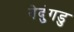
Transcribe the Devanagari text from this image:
नेदुंगडु